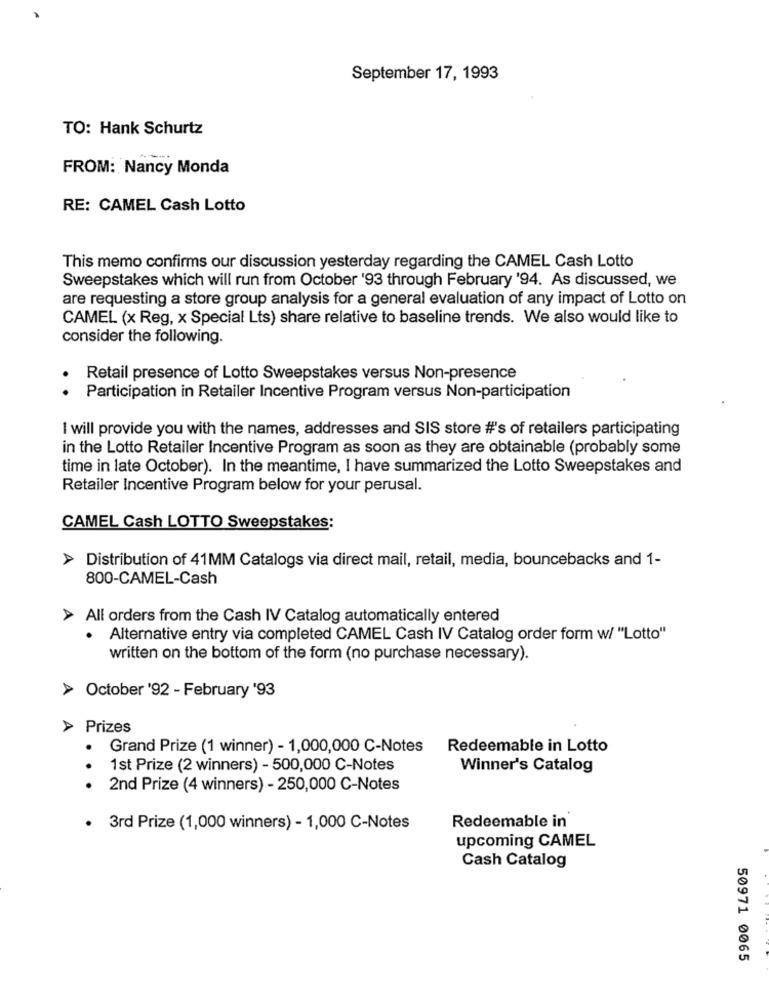
September 17, 1993
TO: Hank Schurtz
FROM: Nancy Monda
RE: CAMEL Cash Lotto
This memo confirms our discussion yesterday regarding the CAMEL Cash Lotto
Sweepstakes which will run from October '93 through February '94. As discussed, we
are requesting a store group analysis for a general evaluation of any impact of Lotto on
CAMEL (x Reg, x Special Lts) share relative to baseline trends. We also would like to
consider the following.
Retail presence of Lotto Sweepstakes versus Non-presence
. .
Participation in Retailer Incentive Program versus Non-participation
I will provide you with the names, addresses and SIS store #'s of retailers participating
in the Lotto Retailer Incentive Program as soon as they are obtainable (probably some
time in late October). In the meantime, I have summarized the Lotto Sweepstakes and
Retailer Incentive Program below for your perusal.
CAMEL Cash LOTTO Sweepstakes:
> Distribution of 41MM Catalogs via direct mail, retail, media, bouncebacks and 1-
800-CAMEL-Cash
> All orders from the Cash IV Catalog automatically entered
· Alternative entry via completed CAMEL Cash IV Catalog order form w/ "Lotto"
written on the bottom of the form (no purchase necessary).
> October '92 - February '93
> Prizes
Grand Prize (1 winner) - 1,000,000 C-Notes
Redeemable in Lotto
1st Prize (2 winners) - 500,000 C-Notes
Winner's Catalog
.. .
2nd Prize (4 winners) - 250,000 C-Notes
· 3rd Prize (1,000 winners) - 1,000 C-Notes
Redeemable in
upcoming CAMEL
Cash Catalog
50971 0065